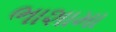
ભાશામા